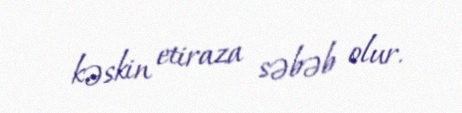
kəskin etiraza səbəb olur.